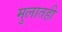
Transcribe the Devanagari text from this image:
मुलातही